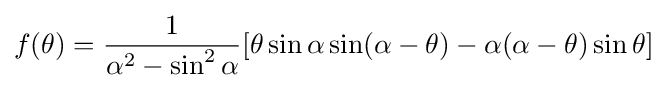
f(\theta )={\frac {1}{\alpha ^{2}-\sin ^{2}\alpha }}[\theta \sin \alpha \sin(\alpha -\theta )-\alpha (\alpha -\theta )\sin \theta ]